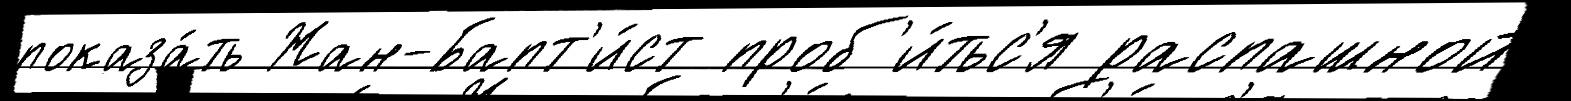
показа́ть Жан-Бапт'и́ст проб'и́тьс'я распашной